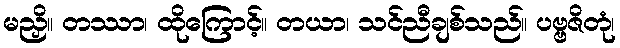
မညှိ။ တဿာ၊ ထိုကြောင့်။ တယာ၊ သင်ညီချစ်သည်။ ပဗ္ဗဇိတုံ၊